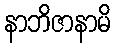
နာဘိဇာနာမိ